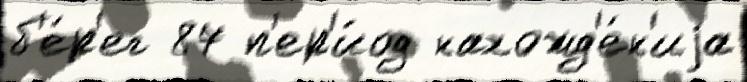
б'е́р'ег 87 п'ер'и́од нахожд'е́н'иjа